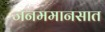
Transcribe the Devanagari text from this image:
जनममानसात